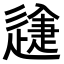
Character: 𨕽